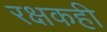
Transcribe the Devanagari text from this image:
रक्षकही